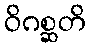
ဝိဂစ္ဆတိ